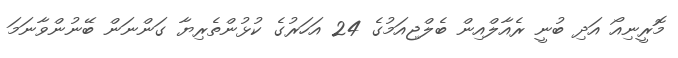
މޮރީނިއޯ އަދި ބުނީ ރެއާލްއިން ބެލްޖިއަމުގެ 24 އަހަރުގެ ކުޅުންތެރިޔާ ގަންނަން ބޭނުންވާނަމަ